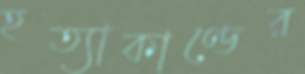
হত্যাকাণ্ডের